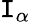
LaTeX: \mathtt{I}_{\alpha}